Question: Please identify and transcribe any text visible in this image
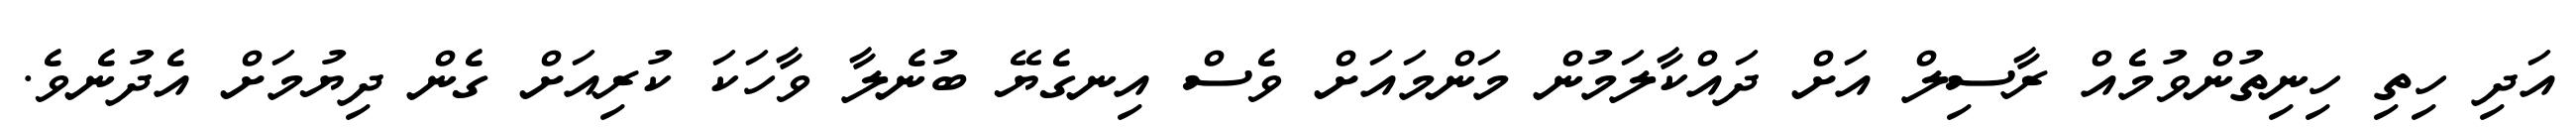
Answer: އަދި ހިތި ހިނިތުންވުމެއް ރާސިލް އަށް ދައްކާލަމުން މަންމައަށް ވެސް އިނގެޔޭ ބުނެލާ ވާހަކަ ކުރިއަށް ގެން ދިޔުމަށް އެދުނެވެ.